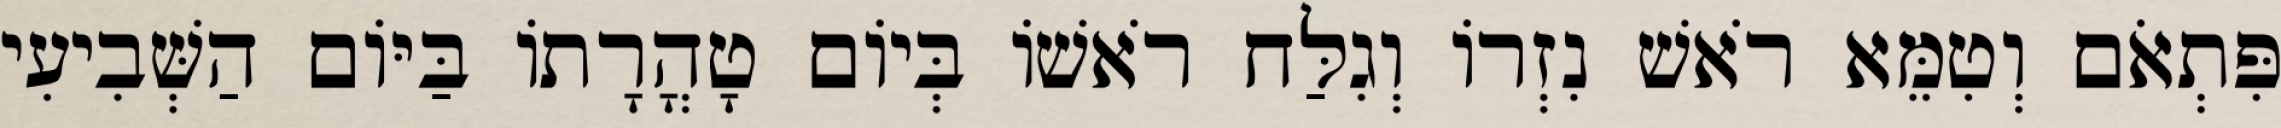
פִּתְאֹם וְטִמֵּא רֹאשׁ נִזְרוֹ וְגִלַּח רֹאשׁוֹ בְּיוֹם טָהֳרָתוֹ בַּיּוֹם הַשְּׁבִיעִי